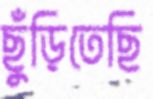
ছুঁড়িতেছি